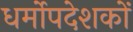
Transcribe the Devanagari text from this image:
धर्मोपदेशकों